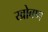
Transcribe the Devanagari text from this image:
खोबण